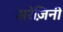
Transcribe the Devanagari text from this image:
अरेज़िनी